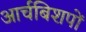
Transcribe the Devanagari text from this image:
आर्चबिशपों